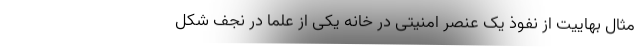
مثال بهاییت از نفوذ یک عنصر امنیتی در خانه یکی از علما در نجف شکل